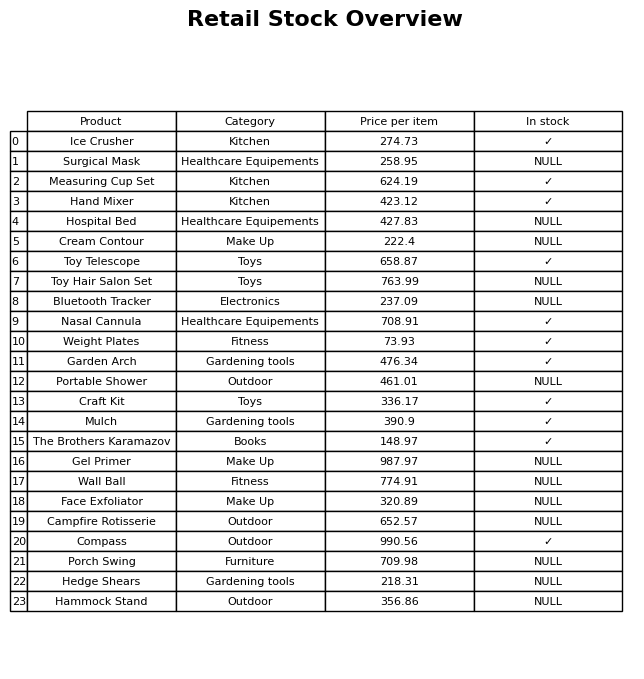
question: What is the price of the The Brothers Karamazov?
answer: The price of The Brothers Karamazov is 148.97.